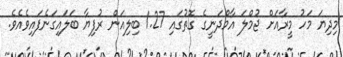
މިދިޔަ މަހު މީރާއަށް ޖުމްލަ އާމްދަނީގެ ގޮތުގައި 1.27 ބިލިއަން ރުފިޔާ ބަލައިގަނެފައިވެއެވެ.